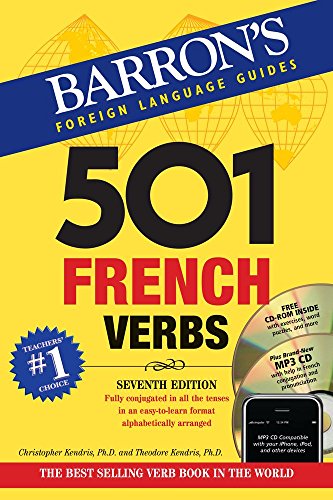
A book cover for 501 French Verbs: with CD-ROM and MP3 CD (501 Verb Series); Christopher Kendris Ph.D.; Reference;